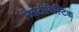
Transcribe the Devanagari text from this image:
रिलेटीविस्टिक